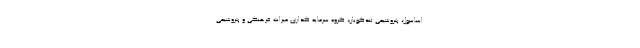
اساسول، پتروشیمی تندگویان، گروه سرمایه گذاری میراث فرهنگی و پتروشیمی